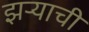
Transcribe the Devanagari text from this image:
झऱ्याची